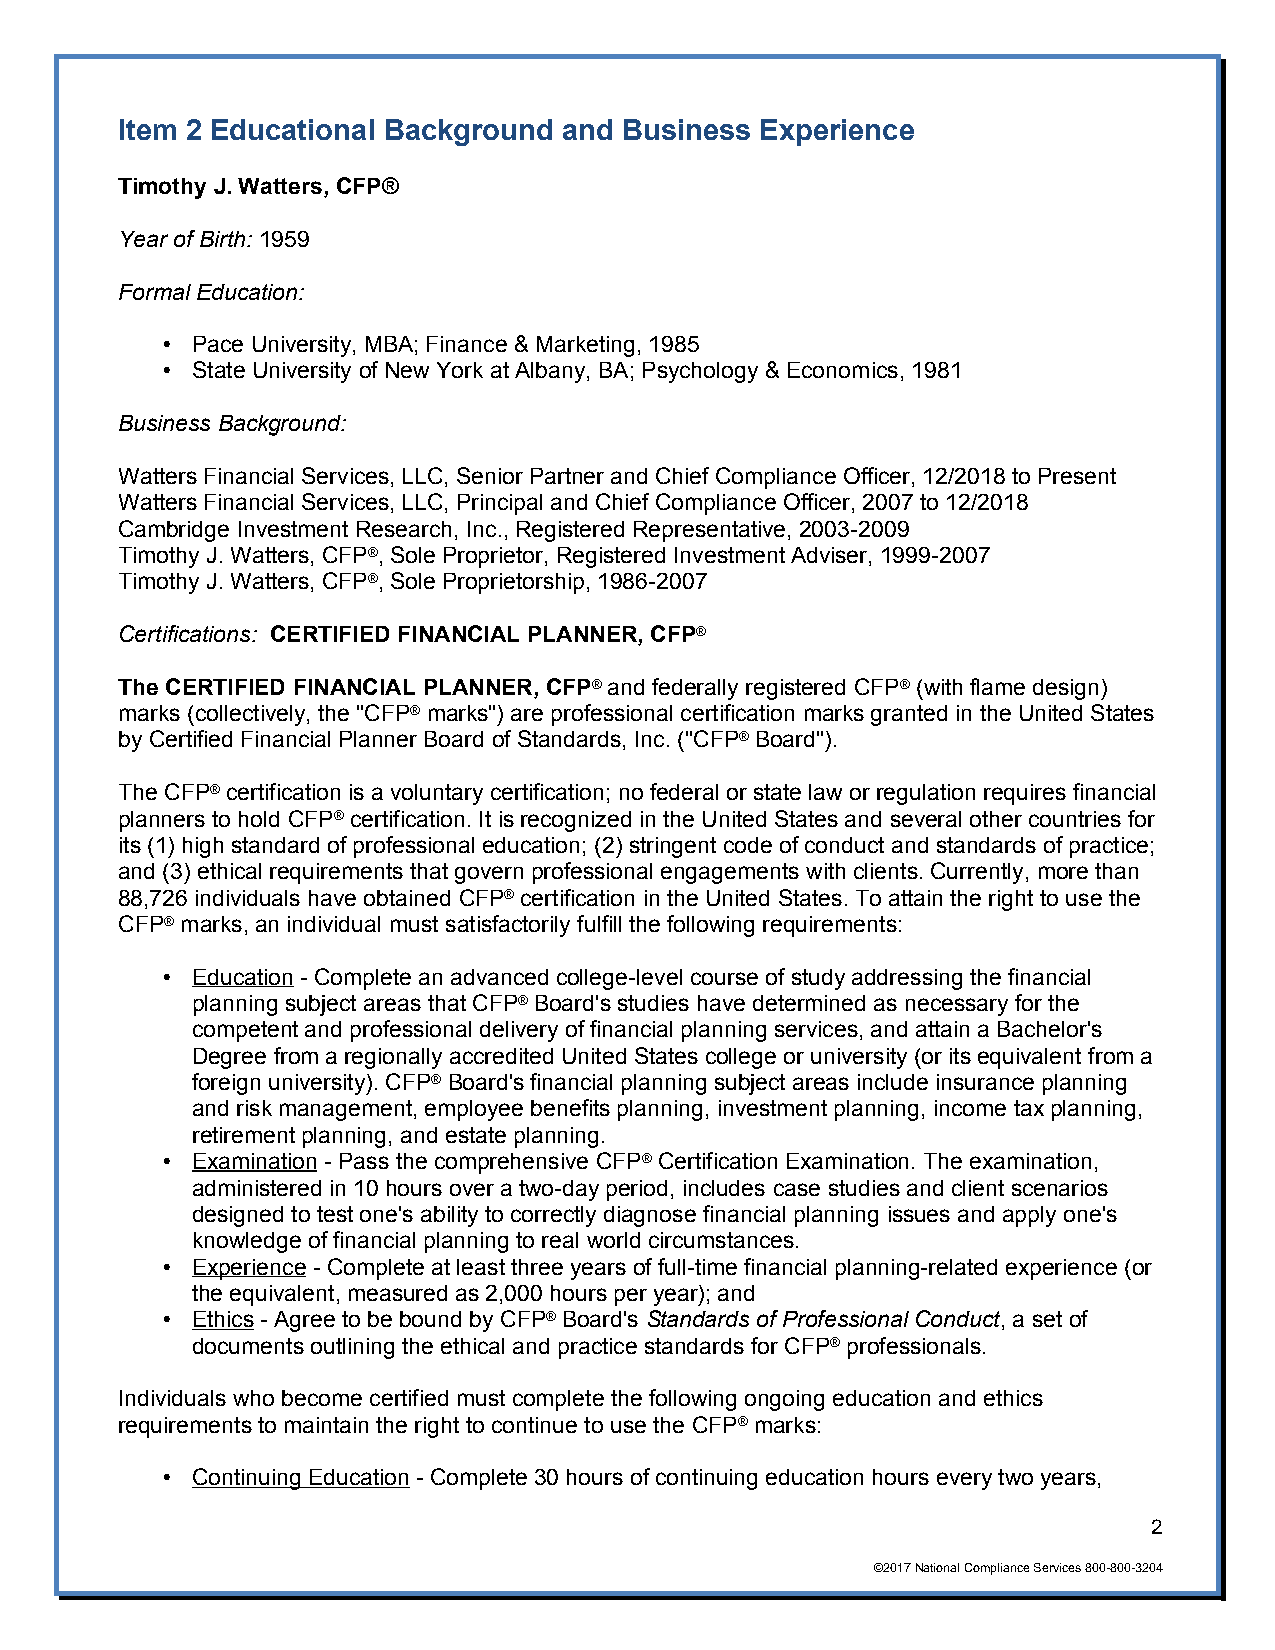
Item 2 Educational Background and Business Experience
 Timothy J. Watters, CFP®
 Year of Birth: 1959
 Formal Education:
 • Pace University, MBA; Finance & Marketing, 1985
 • State University of New York at Albany, BA; Psychology & Economics, 1981
 Business Background:
 Watters Financial Services, LLC, Senior Partner and Chief Compliance Officer, 12/2018 to Present
 Watters Financial Services, LLC, Principal and Chief Compliance Officer, 2007 to 12/2018
 Cambridge Investment Research, Inc., Registered Representative, 2003-2009
 Timothy J. Watters, CFP®, Sole Proprietor, Registered Investment Adviser, 1999-2007
 Timothy J. Watters, CFP®, Sole Proprietorship, 1986-2007
 Certifications: CERTIFIED FINANCIAL PLANNER, CFP®
 The CERTIFIED FINANCIAL PLANNER, CFP® and federally registered CFP® (with flame design)
 marks (collectively, the "CFP® marks") are professional certification marks granted in the United States
 by Certified Financial Planner Board of Standards, Inc. ("CFP® Board").
 The CFP® certification is a voluntary certification; no federal or state law or regulation requires financial
 planners to hold CFP® certification. It is recognized in the United States and several other countries for
 its (1) high standard of professional education; (2) stringent code of conduct and standards of practice;
 and (3) ethical requirements that govern professional engagements with clients. Currently, more than
 88,726 individuals have obtained CFP® certification in the United States. To attain the right to use the
 CFP® marks, an individual must satisfactorily fulfill the following requirements:
 • Education - Complete an advanced college-level course of study addressing the financial
 planning subject areas that CFP® Board's studies have determined as necessary for the
 competent and professional delivery of financial planning services, and attain a Bachelor's
 Degree from a regionally accredited United States college or university (or its equivalent from a
 foreign university). CFP® Board's financial planning subject areas include insurance planning
 and risk management, employee benefits planning, investment planning, income tax planning,
 retirement planning, and estate planning.
 • Examination - Pass the comprehensive CFP® Certification Examination. The examination,
 administered in 10 hours over a two-day period, includes case studies and client scenarios
 designed to test one's ability to correctly diagnose financial planning issues and apply one's
 knowledge of financial planning to real world circumstances.
 • Experience - Complete at least three years of full-time financial planning-related experience (or
 the equivalent, measured as 2,000 hours per year); and
 • Ethics - Agree to be bound by CFP® Board's Standards of Professional Conduct, a set of
 documents outlining the ethical and practice standards for CFP® professionals.
 Individuals who become certified must complete the following ongoing education and ethics
 requirements to maintain the right to continue to use the CFP® marks:
 • Continuing Education - Complete 30 hours of continuing education hours every two years,
 2
 ©2017 National Compliance Services 800-800-3204